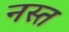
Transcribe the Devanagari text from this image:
नस्त